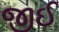
જીઈ